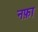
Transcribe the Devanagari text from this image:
नफ़ा